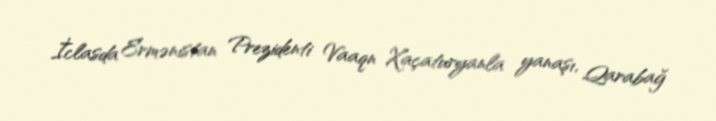
İclasda Ermənistan Prezidenti Vaaqn Xaçaturyanla yanaşı, Qarabağ